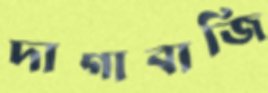
দাগাবাজি